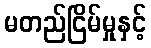
မတည်ငြိမ်မှုနှင့်